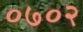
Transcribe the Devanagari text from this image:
०७०२